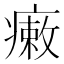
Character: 瘷